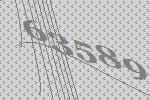
63589